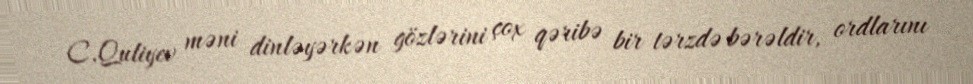
C.Quliyev məni dinləyərkən gözlərini çox qəribə bir tərzdə bərəldir, ordlarını